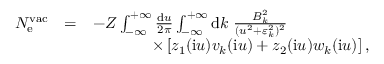
\begin{array} { r l r } { N _ { \mathrm { e } } ^ { \mathrm { v a c } } } & { = } & { - Z \int _ { - \infty } ^ { + \infty } \frac { \ensuremath { \mathrm { d } } u } { 2 \pi } \int _ { - \infty } ^ { + \infty } \ensuremath { \mathrm { d } } k \; \frac { B _ { k } ^ { 2 } } { ( u ^ { 2 } + \varepsilon _ { k } ^ { 2 } ) ^ { 2 } } \phantom { x x x x x x x x x } } \\ & { } & { \; \; \; \; \; \; \; \; \; \times \left[ z _ { 1 } ( \ensuremath { \mathrm { i } } u ) v _ { k } ( \ensuremath { \mathrm { i } } u ) + z _ { 2 } ( \ensuremath { \mathrm { i } } u ) w _ { k } ( \ensuremath { \mathrm { i } } u ) \right] , } \end{array}